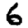
Digit: 6